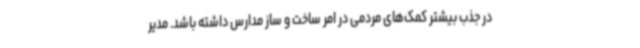
در جذب بیشتر کمک‌های مردمی در امر ساخت و ساز مدارس داشته باشد. مدیر